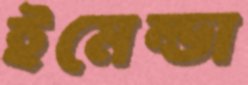
ইমেল্ডা